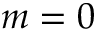
m = 0